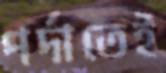
পর্দাতেই